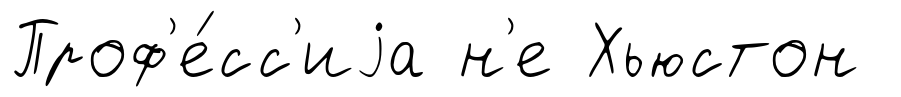
Проф'е́сс'иjа н'е Хьюстон